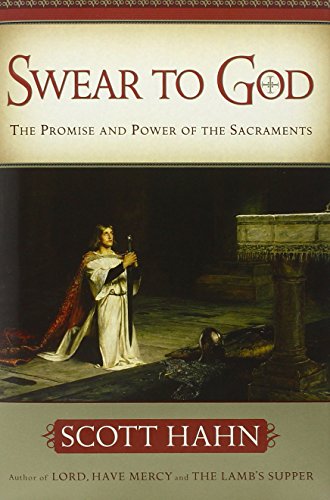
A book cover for Swear to God: The Promise and Power of the Sacraments; Scott Hahn; Christian Books & Bibles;